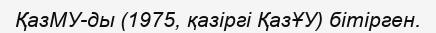
ҚазМУ-ды (1975, қазіргі ҚазҰУ) бітірген.